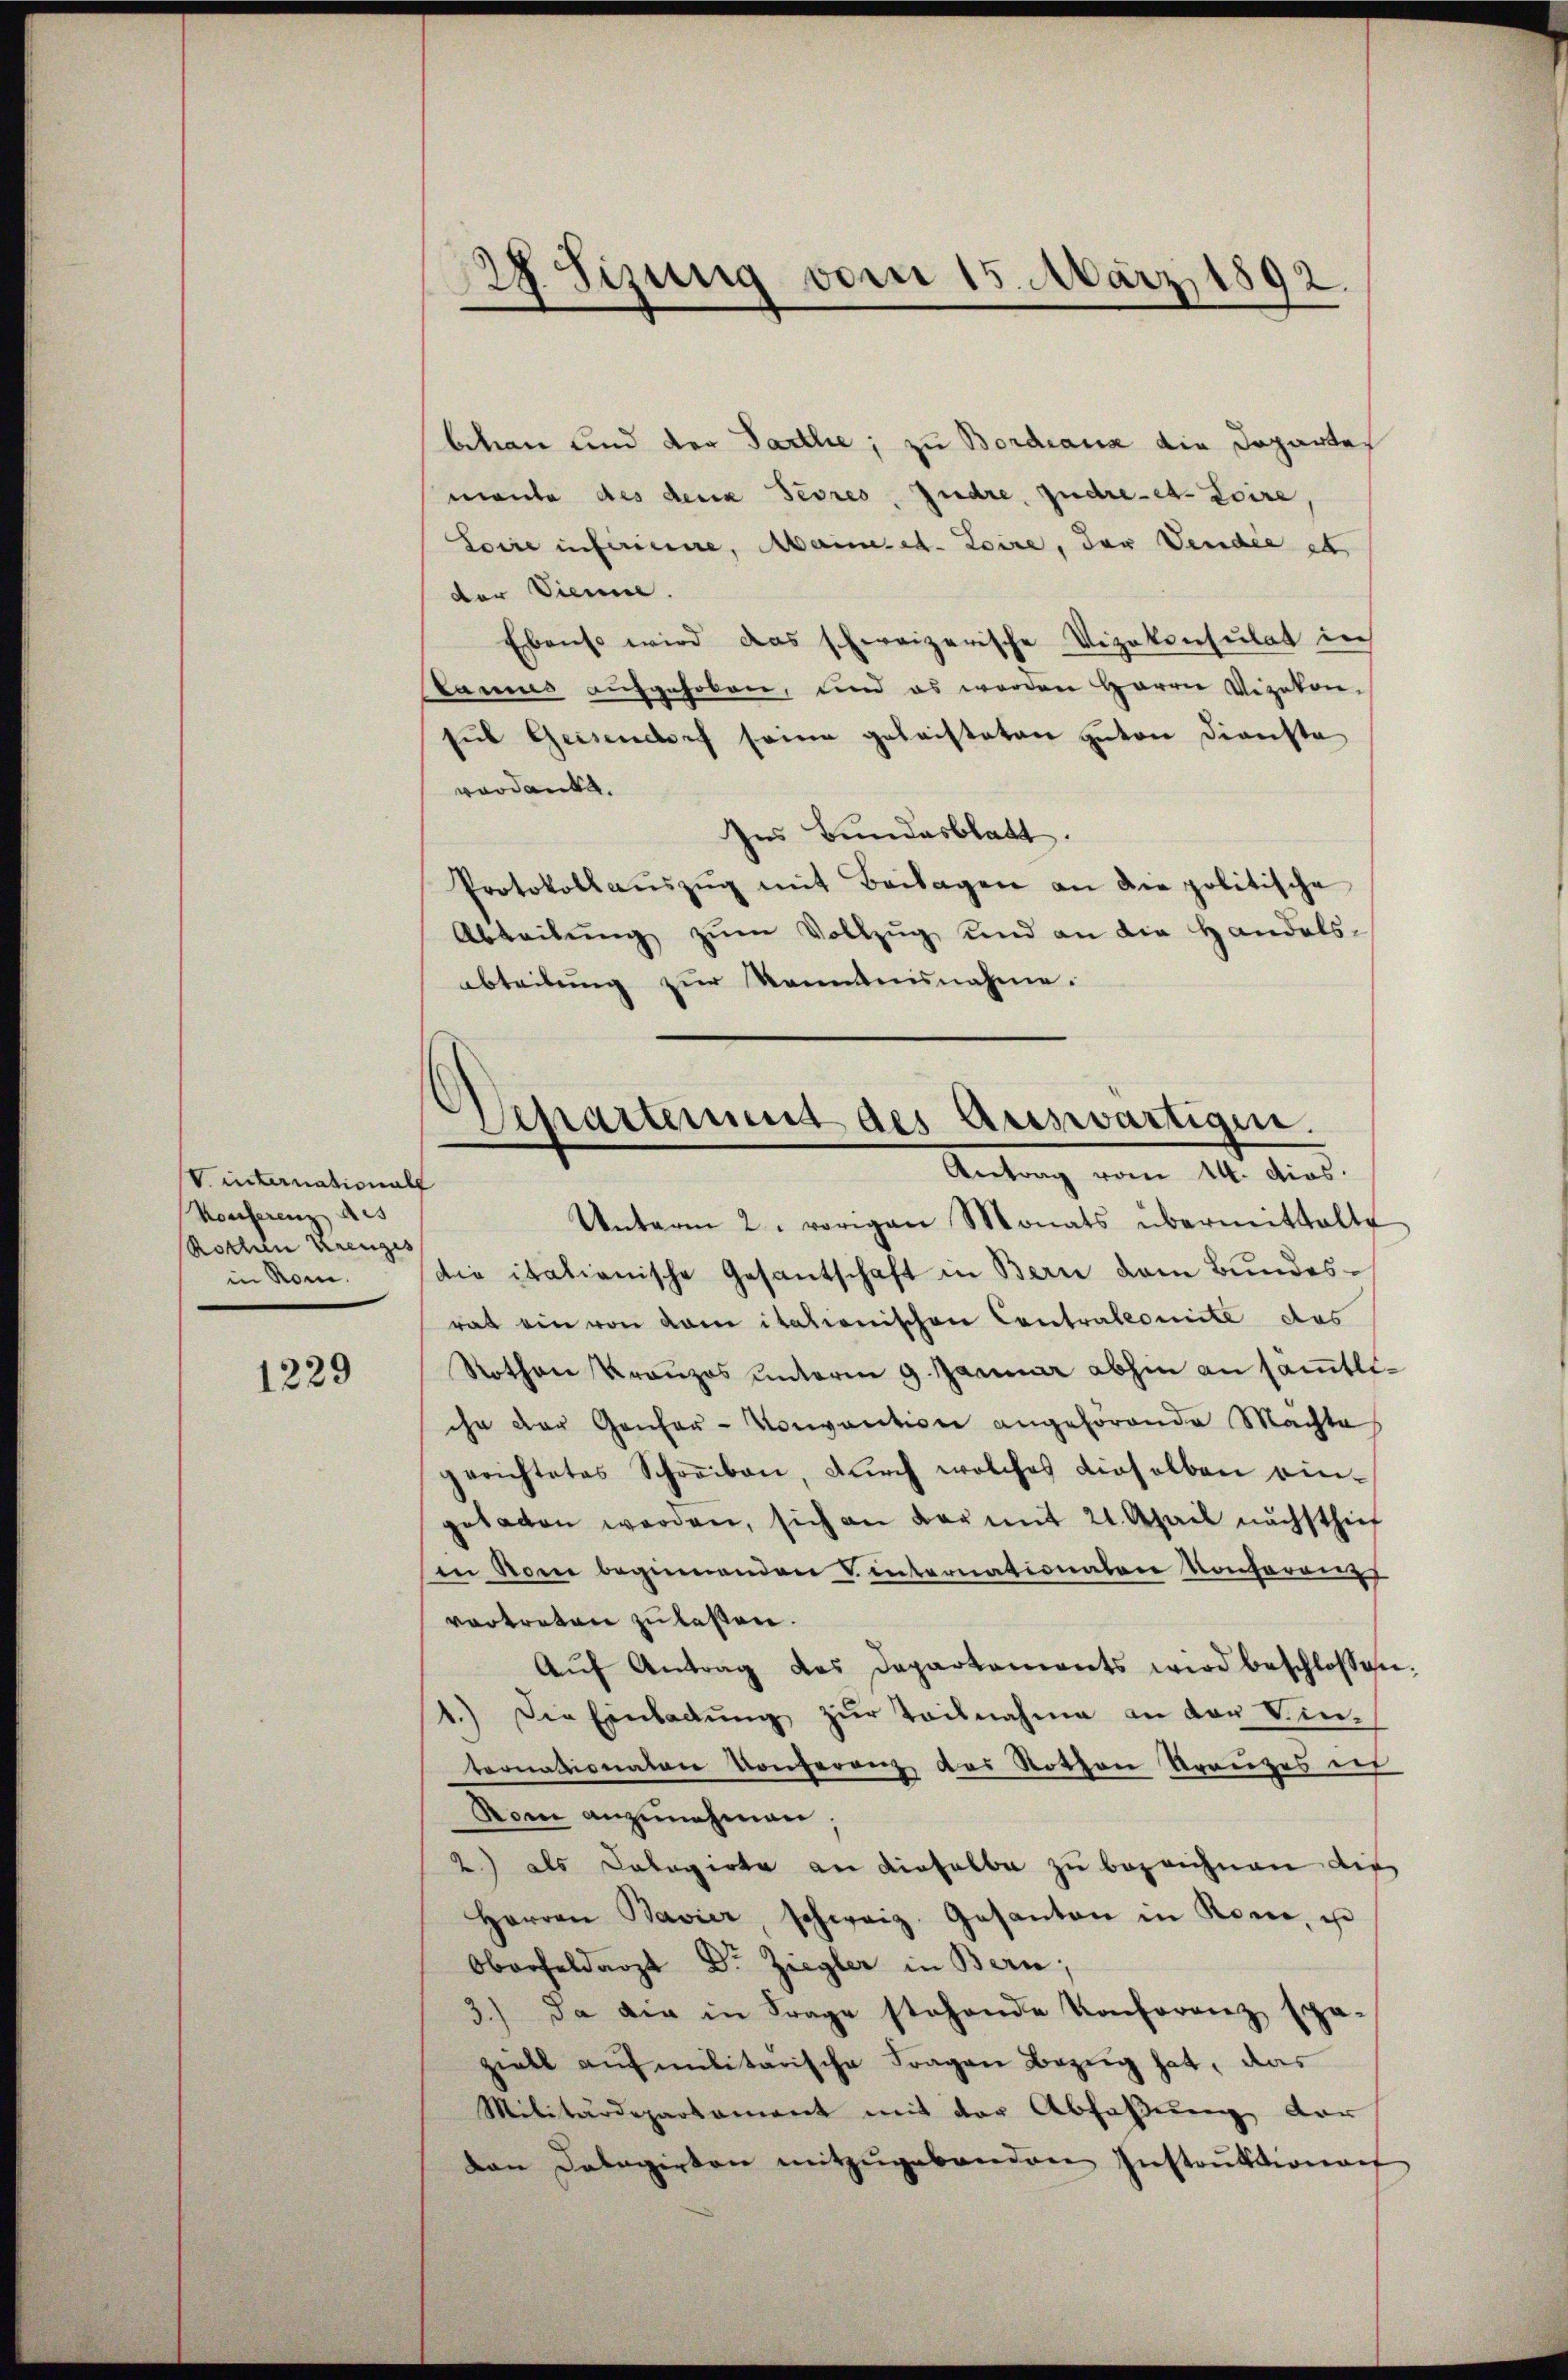
V. internationalf
Konferenz des
Rothen Krenges
in Rom.

1229

bchen und der Parthe; zu Bordiana die Departen
monte des dena Sevres, zudre, zudre-et. Loire,
Lorie inférieure, Meineret. Loire, der Vendie es
der Vienne
Ebenso wird das schweizerische Vizekonsulat in
Panius aufgehoben, und es werden Herrn Vizekon-
sŭb Geisendorf seine geleisteten Inten Dienste
verdankt.
Ins Bundesblatt.
Protokollaŭszŭg mit Beilagen an die politische
Abteilŭng zŭm Vollzŭg und an die Handelsabteilung zur Kenntnisnahme.

6
28. Sizung vom 15. März 1892.

Separtement des Auswärtigen.
Antrag vom 14. dies

Unterm 2. vorigen Monats übermittalte
die italienische Gesantschaft in Bern vom Bundesrat ein von dem itationischen Contralcomite das
Rothen Kranzos unterm 9. Januar abhin an samtliihr der Genfer-Konvention angehörende Machte
gerichtetes Schreiben, durch welches dieselben eingetagen werden, sich an der mit 21. April nächsthief
in Rome beginnenden V. internationalen Konferenz
vertreten zu laßen.
Aŭf Antrag des Departaments wird beschlossen:
1.) Die Einladung zur Teilnahme an von Kin-
tornationaten Konferenz das Rothen Vereizes ers
Nom anzunehmen
2) als Calagirte an dieselbe zu bezeichnen die
Herren Bavier, schweiz. Gesanton in Rone, u
Oberfeldarzt Dr Ziegler in Bern,
3.) Da die in Frage stehende Konferenz spä-
ziell aufmilitarische Fragen Bezug hat, das
Militärdepartament mit der Abfaßung vor
dan Dolegirten mitzugebenden Instruktionat